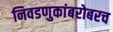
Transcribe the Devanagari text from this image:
निवडणुकांबरोबरच